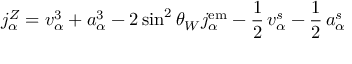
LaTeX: j _ { \alpha } ^ { Z } = v _ { \alpha } ^ { 3 } + a _ { \alpha } ^ { 3 } - 2 \sin ^ { 2 } \theta _ { W } j _ { \alpha } ^ { \mathrm { e m } } - { \frac { \displaystyle 1 } { \displaystyle 2 } } \, v _ { \alpha } ^ { s } - { \frac { \displaystyle 1 } { \displaystyle 2 } } \, a _ { \alpha } ^ { s }